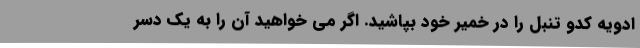
ادویه کدو تنبل را در خمیر خود بپاشید. اگر می خواهید آن را به یک دسر